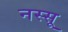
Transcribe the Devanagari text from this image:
नस्सू